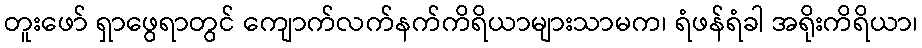
တူးဖော် ရှာဖွေရာတွင် ကျောက်လက်နက်ကိရိယာများသာမက၊ ရံဖန်ရံခါ အရိုးကိရိယာ၊